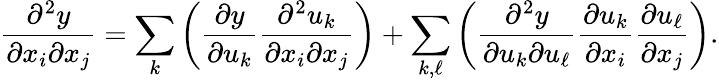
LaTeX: {\frac{\partial^{2}y}{\partial x_{i}\partial x_{j}}}=\sum_{k}\left({\frac{\partial y}{\partial u_{k}}}{\frac{\partial^{2}u_{k}}{\partial x_{i}\partial x_{j}}}\right)+\sum_{k,\ell}\left({\frac{\partial^{2}y}{\partial u_{k}\partial u_{\ell}}}{\frac{\partial u_{k}}{\partial x_{i}}}{\frac{\partial u_{\ell}}{\partial x_{j}}}\right).